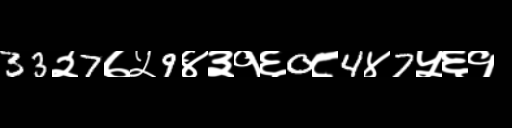
Text: 33२7७५9४३१६0८4४7५६१